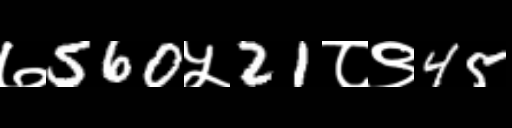
Text: ७560५21८९45